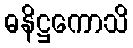
ဓနိဋ္ဌကောသိ